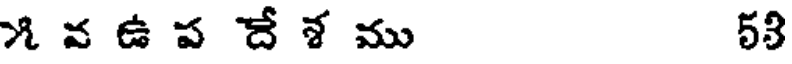
౫ వ ఉ ప దే శ ము 53